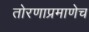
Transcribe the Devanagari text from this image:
तोरणाप्रमाणेच